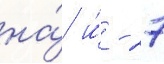
на́ и́ - 27